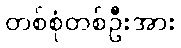
တစ်စုံတစ်ဦးအား